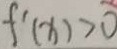
f ^ { \prime } ( x ) > 0